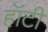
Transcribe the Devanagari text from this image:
हॉटी